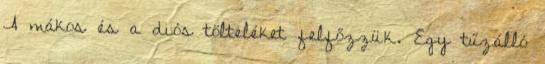
A mákos és a diós tölteléket felfőzzük. Egy tűzálló